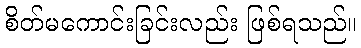
စိတ်မကောင်းခြင်းလည်း ဖြစ်ရသည်။